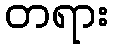
တရား